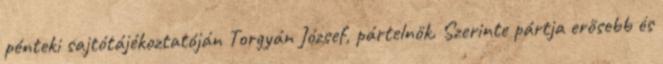
pénteki sajtótájékoztatóján Torgyán József, pártelnök. Szerinte pártja erősebb és